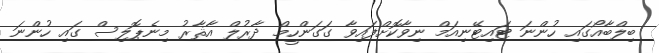
ބިލްބާއޯގައި ހުންނަ ޓައިޓޭނިއަމް ނިވާކޮށްފައިވާ ގަގަންހީމް ދާރުލް އާޘާރު މިނެޕޮލިސް ގައި ހުންނަ